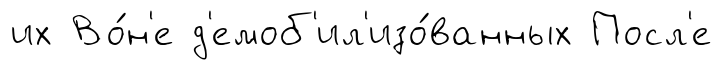
их Во́н'е д'емоб'ил'изо́ванных Посл'е